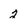
Character: 2